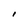
Character: I